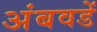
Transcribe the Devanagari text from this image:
अंबवडें